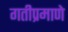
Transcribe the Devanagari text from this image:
गतीप्रमाणे